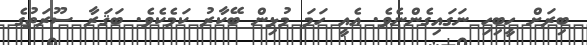
ބިރަށް ހީބިހި ނަގައިގެންނެވެ. އެއީ ހަމަ މުޅިން ބޭކާރު ކަމެކެވެ. ބަޤަރާ ސޫރަތުގެ